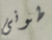
طونى